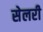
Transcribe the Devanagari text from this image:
सेलरी